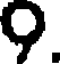
9.